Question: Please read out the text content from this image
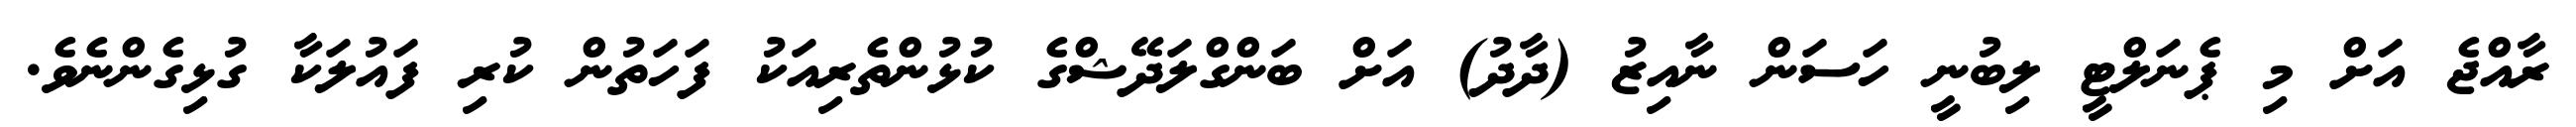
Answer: ރާއްޖެ އަށް މި ޕެނަލްޓީ ލިބުނީ ހަސަން ނާއިޒު (ދާދު) އަށް ބަންގްލަދޭޝްގެ ކުޅުންތެރިއަކު ފަހަތުން ކުރި ފައުލަކާ ގުޅިގެންނެވެ.